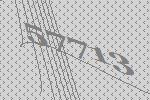
57713